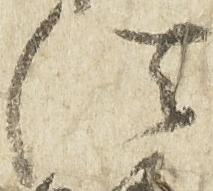
法